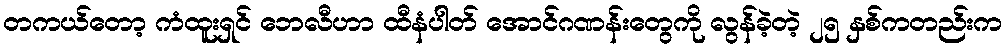
တကယ်တော့ ကံထူးရှင် ဘေလီဟာ ထီနံပါတ် အောင်ဂဏန်းတွေကို လွန်ခဲ့တဲ့ ၂၅ နှစ်ကတည်းက